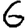
Digit: 6